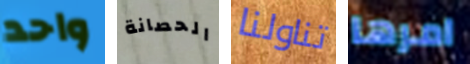
واحد الحصانة تناولنا امرها